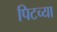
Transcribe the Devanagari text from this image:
पिटच्या